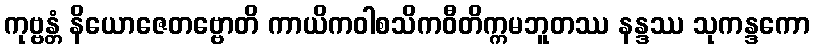
ကုဗ္ဗန္တံ နိယောဇေတဗ္ဗောတိ ကာယိကဝါစသိကဝီတိက္ကမဘူတဿ နန္ဒဿ သုကန္ဒကော